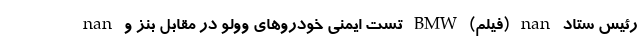
nan تست ایمنی خودرو‌های وولو در مقابل بنز و BMW (فیلم) nan رئیس ستاد